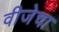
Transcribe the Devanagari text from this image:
वीजेचा